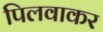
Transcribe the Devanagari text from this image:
पिलवाकर